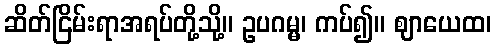
ဆိတ်ငြိမ်းရာအရပ်တို့သို့။ ဥပဂမ္မ၊ ကပ်၍။ ဈာယေထ၊